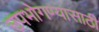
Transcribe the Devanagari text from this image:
उपभोगण्यासाठी